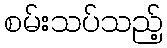
စမ်းသပ်သည့်